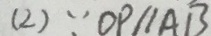
( 2 ) \because O P / / A B